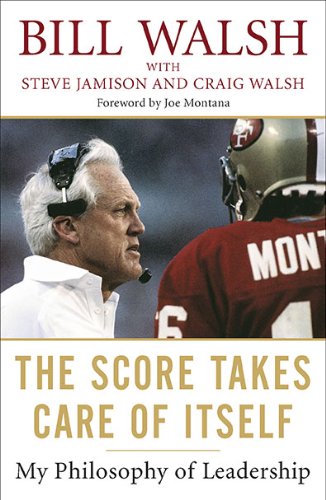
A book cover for The Score Takes Care of Itself: My Philosophy of Leadership; Bill Walsh; Sports & Outdoors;